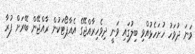
ވަނަ ދުވަހު ހުށަހެޅުއްވި ބިލުގައި ވަނީ ދިވެހިރާއްޖޭގެ އެއާޕޯޓަކުން ރާއްޖޭން ބޭރަށް ފުރާ